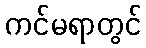
ကင်မရာတွင်